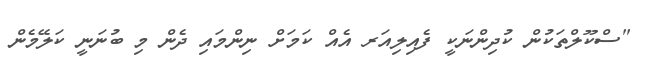
"ސްކޫލްތަކުން ކުދިންނަކީ ފެއިލިއަރ އެއް ކަމަށް ނިންމައި ދެން މި ބުނަނީ ކަލޭމެން